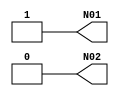
/**************************************************************************
** ND120 DGA (Decode Gate Array)                                         **
** DECODE/DGA                                                            **
**                                                                       **
** NEC F091 -  H,L LEVEL GENERATOR                                       **
**                                                                       **
** Last reviewed: 20-MAY-2024                                            **
** Ronny Hansen                                                          **
***************************************************************************/
module F091
( 
   output N01,
   output N02
);
   assign N01 = 1'b1; // High
   assign N02 = 1'b0; // Low

endmodule